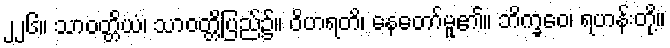
၂၂၆။ သာဝတ္တိယံ၊ သာဝတ္တိပြည်၌်။ ဝိဟရတိ၊ နေတော်မူ၏။ ဘိက္ခဝေ၊ ရဟန်းတို့။